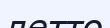
летто